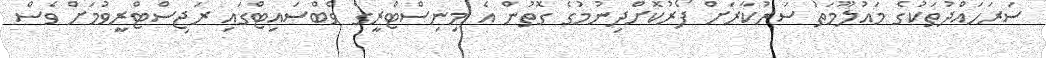
ސަރަަހައްދުތަކުގެ މައުލޫމަތު ސަރުކާރަށް ފޯރުކޮށްދިނުމުގެ ގޮތުން އެ މިނިސްޓްރީގެ ވެބްސައިޓްގައި ރަޖިސްޓްރީވުމަށް ވެސް